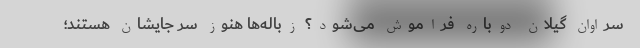
سراوان گیلان دوباره فراموش می‌شود؟ زباله‌ها هنوز سر جایشان هستند؛